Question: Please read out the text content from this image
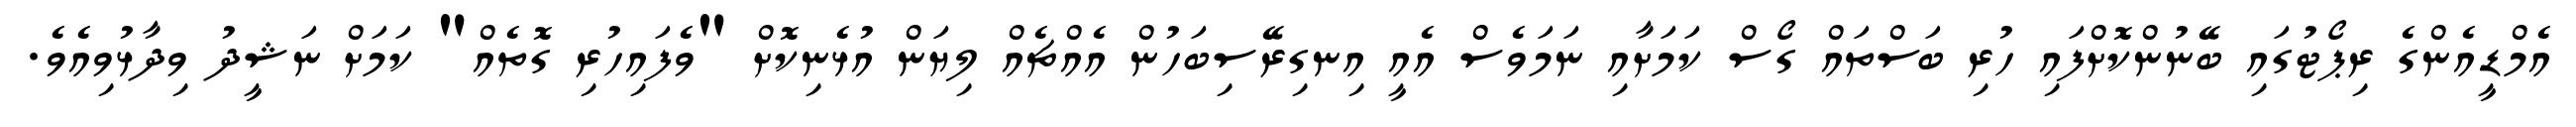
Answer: އެމްޑީއެންގެ ރިޕޯޓުގައި ބޭނުންކޮށްފައި ހުރި ބަސްތައް ގޯސް ކަމަށާއި ނަމަވެސް އެއީ އިނގިރޭސިބަހުން އެއްޗެއް ލިޔަން އުޅެނިކޮށް "ވެފައިހުރި ގޮތެއް" ކަމަށް ނަޝީދު ވިދާޅުވިއެވެ.